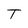
Character: T